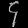
Digit: ၄